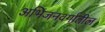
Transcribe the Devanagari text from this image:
अभिजनवर्गातील